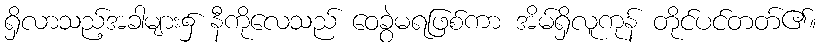
ရှိလာသည့်အခါများ၌ နီကိုလေသည် ဝေခွဲမရဖြစ်ကာ အိမ်ရှိလူကုန် တိုင်ပင်တတ်၏။